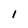
Character: 1